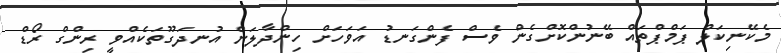
މެކޭނިކަލް ޕަމްޕްތައް ބޭނުންކޮށްގެން ވެސް ފެންގަނޑު އަވަހަށް ހިންދާލަން އުނދަގޫތަކެއްވީ ރިންގް ރޯޑް